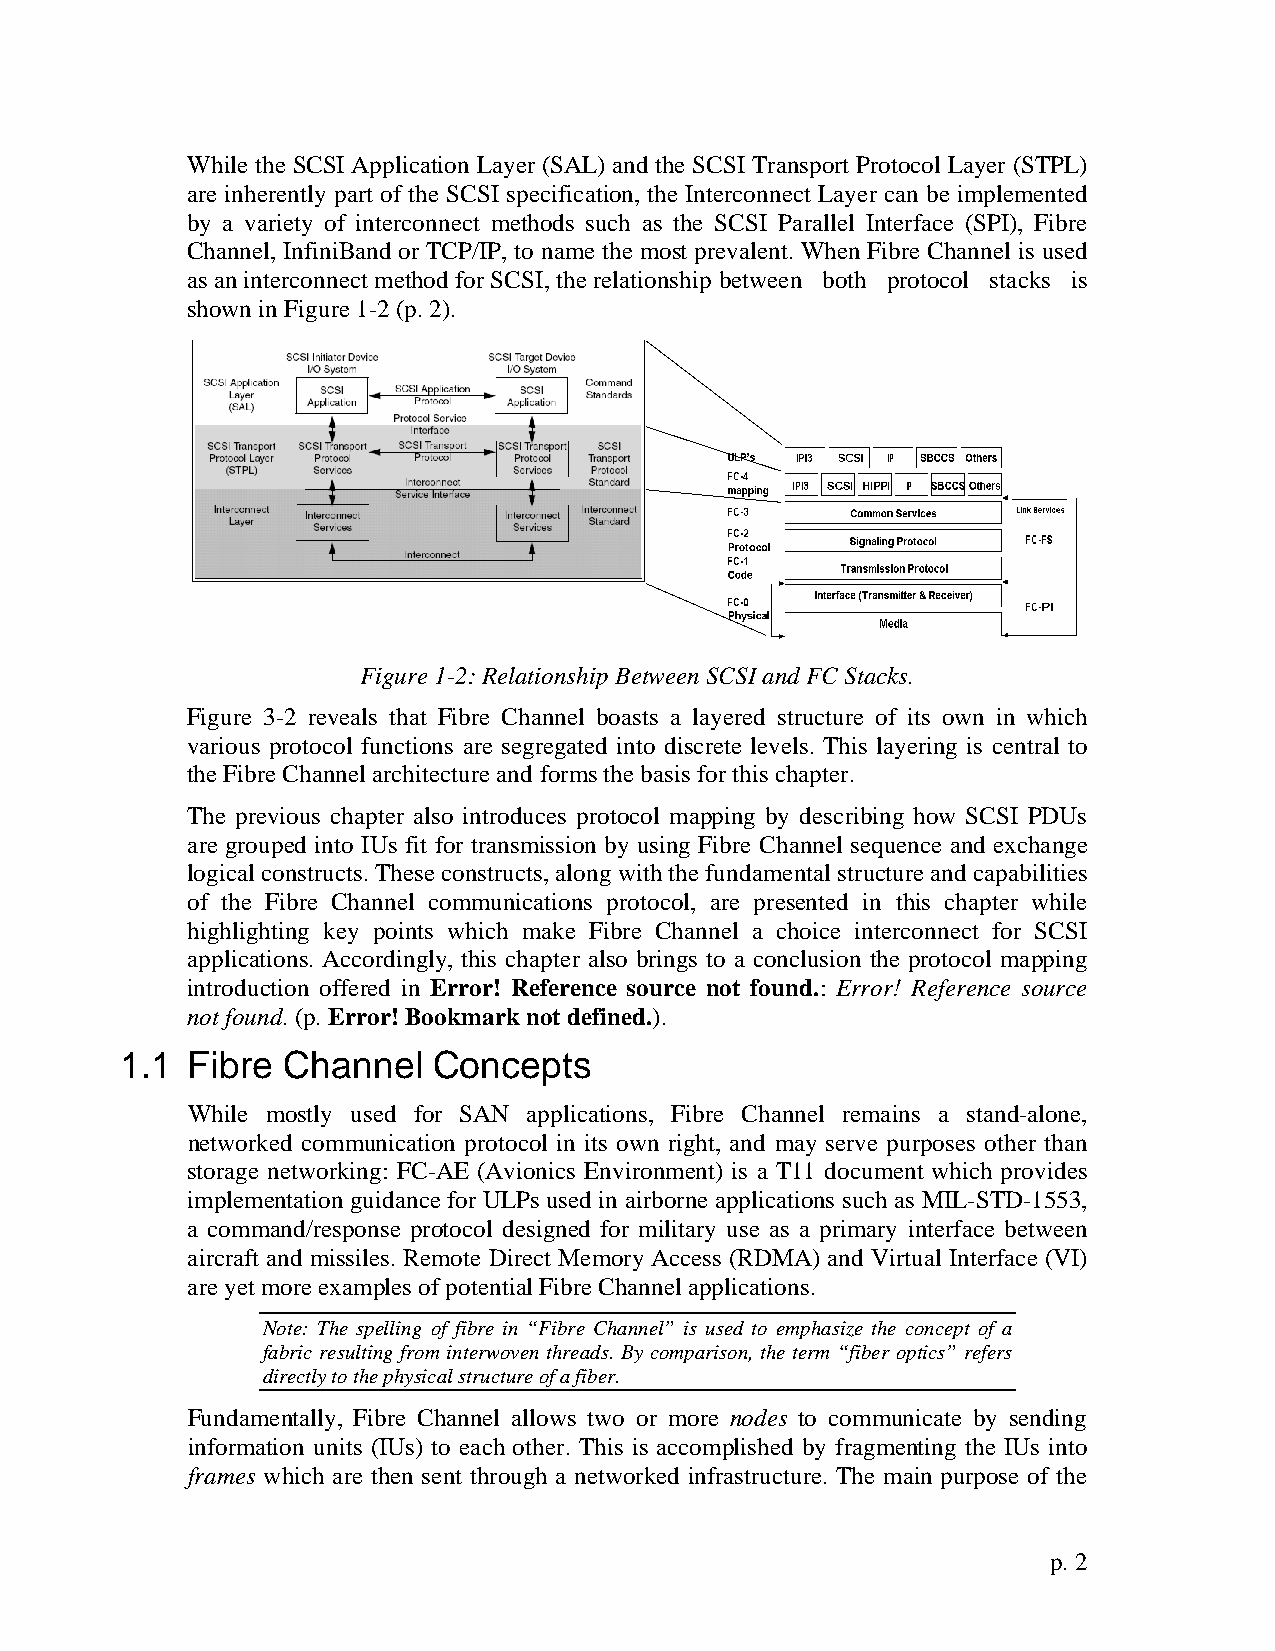
While the SCSI Application Layer (SAL) and the SCSI Transport Protocol Layer (STPL)
 are inherently part of the SCSI specification, the Interconnect Layer can be implemented
 by a variety of interconnect methods such as the SCSI Parallel Interface (SPI), Fibre
 Channel, InfiniBand or TCP/IP, to name the most prevalent. When Fibre Channel is used
 as an interconnect method for SCSI, the relationship between both protocol stacks is
 shown in Figure 1-2 (p. 2).
 Figure 1-2: Relationship Between SCSI and FC Stacks.
 Figure 3-2 reveals that Fibre Channel boasts a layered structure of its own in which
 various protocol functions are segregated into discrete levels. This layering is central to
 the Fibre Channel architecture and forms the basis for this chapter.
 The previous chapter also introduces protocol mapping by describing how SCSI PDUs
 are grouped into IUs fit for transmission by using Fibre Channel sequence and exchange
 logical constructs. These constructs, along with the fundamental structure and capabilities
 of the Fibre Channel communications protocol, are presented in this chapter while
 highlighting key points which make Fibre Channel a choice interconnect for SCSI
 applications. Accordingly, this chapter also brings to a conclusion the protocol mapping
 introduction offered in Error! Reference source not found.: Error! Reference source
 not found. (p. Error! Bookmark not defined.).
 1.1 Fibre  Channel   Concepts
 While mostly used for SAN applications, Fibre Channel remains a stand-alone,
 networked communication protocol in its own right, and may serve purposes other than
 storage networking: FC-AE (Avionics Environment) is a T11 document which provides
 implementation guidance for ULPs used in airborne applications such as MIL-STD-1553,
 a command/response protocol designed for military use as a primary interface between
 aircraft and missiles. Remote Direct Memory Access (RDMA) and Virtual Interface (VI)
 are yet more examples of potential Fibre Channel applications.
 Note: The spelling of fibre in “Fibre Channel” is used to emphasize the concept of a
 fabric resulting from interwoven threads. By comparison, the term “fiber optics” refers
 directly to the physical structure of a fiber.
 Fundamentally, Fibre Channel allows two or more nodes to communicate by sending
 information units (IUs) to each other. This is accomplished by fragmenting the IUs into
 frames which are then sent through a networked infrastructure. The main purpose of the
 p. 2